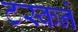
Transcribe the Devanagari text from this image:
टस्कने